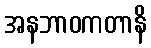
အနဘာဝကတာနိ